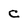
Character: c